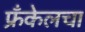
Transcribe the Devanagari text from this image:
फ्रँकेलचा